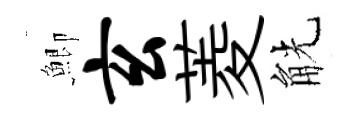
鯽玄菱觥